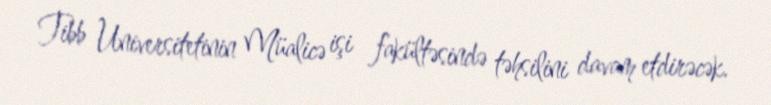
Tibb Universitetinin Müalicə işi fakültəsində təhsilini davam etdirəcək.